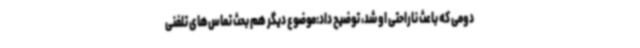
دومی که باعث ناراحتی او شد، توضیح داد:موضوع دیگر هم بحث تماس‌های تلفنی